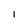
Character: I